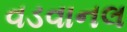
વડવાનલ